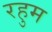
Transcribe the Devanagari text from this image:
रहुम